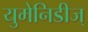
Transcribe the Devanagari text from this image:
युमेनिडीज्‌